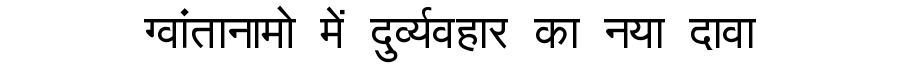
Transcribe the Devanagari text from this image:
ग्वांतानामो में दुर्व्यवहार का नया दावा